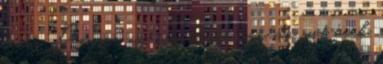
tenni. Persze az ágy alatt van, de mit érek